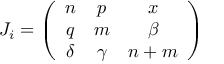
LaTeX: J _ { i } = \left( \begin{array} { c c c } { { n } } & { { p } } & { { x } } \\ { { q } } & { { m } } & { { \beta } } \\ { { \delta } } & { { \gamma } } & { { n + m } } \end{array} \right)